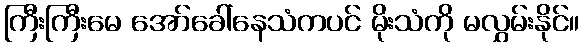
ကြီးကြီးမေ အော်ခေါ်နေသံကပင် မိုးသံကို မလွှမ်းနိုင်။